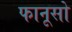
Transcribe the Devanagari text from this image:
फानूसो